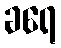
ခရေ